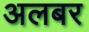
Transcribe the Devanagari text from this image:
अलबर